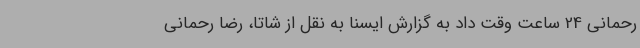
رحمانی 24 ساعت وقت داد به گزارش ایسنا به نقل از شاتا، رضا رحمانی